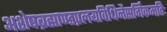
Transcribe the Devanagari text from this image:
अशेषब्रह्माण्डप्रलयविधिनैसर्गिकमतिः